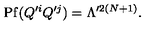
\mathrm { P f } ( Q ^ { \prime i } Q ^ { \prime j } ) = \Lambda ^ { \prime 2 ( N + 1 ) } .